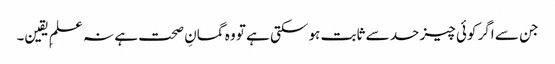
جن سے اگر کوئی چیز حد سے ثابت ہو سکتی ہے تو وہ گمانِ صحت ہے نہ علمِ یقین۔